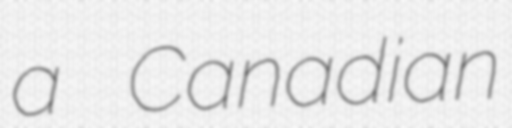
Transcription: a Canadian